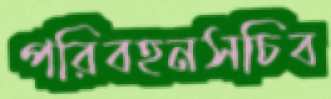
পরিবহনসচিব